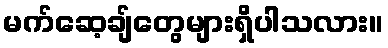
မက်ဆေ့ချ်တွေများရှိပါသလား။